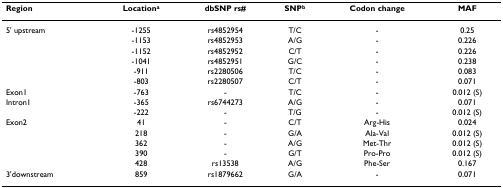
<table><thead><tr><td><b>Region</b></td><td><b>Location<sup>a</sup></b></td><td><b>dbSNP rs#</b></td><td><b>SNP<sup>b</sup></b></td><td><b>Codon change</b></td><td><b>MAF</b></td></tr></thead><tbody><tr><td>5&#x27; upstream</td><td>-1255</td><td>rs4852954</td><td>T/C</td><td>-</td><td>0.25</td></tr><tr><td></td><td>-1153</td><td>rs4852953</td><td>A/G</td><td>-</td><td>0.226</td></tr><tr><td></td><td>-1152</td><td>rs4852952</td><td>C/T</td><td>-</td><td>0.226</td></tr><tr><td></td><td>-1041</td><td>rs4852951</td><td>G/C</td><td>-</td><td>0.238</td></tr><tr><td></td><td>-911</td><td>rs2280506</td><td>T/C</td><td>-</td><td>0.083</td></tr><tr><td></td><td>-803</td><td>rs2280507</td><td>C/T</td><td>-</td><td>0.071</td></tr><tr><td>Exon1</td><td>-763</td><td>-</td><td>T/C</td><td>-</td><td>0.012 (S)</td></tr><tr><td>Intron1</td><td>-365</td><td>rs6744273</td><td>A/G</td><td>-</td><td>0.071</td></tr><tr><td></td><td>-222</td><td>-</td><td>T/G</td><td>-</td><td>0.012 (S)</td></tr><tr><td>Exon2</td><td>41</td><td>-</td><td>C/T</td><td>Arg-His</td><td>0.024</td></tr><tr><td></td><td>218</td><td>-</td><td>G/A</td><td>Ala-Val</td><td>0.012 (S)</td></tr><tr><td></td><td>362</td><td>-</td><td>A/G</td><td>Met-Thr</td><td>0.012 (S)</td></tr><tr><td></td><td>390</td><td>-</td><td>G/T</td><td>Pro-Pro</td><td>0.012 (S)</td></tr><tr><td></td><td>428</td><td>rs13538</td><td>A/G</td><td>Phe-Ser</td><td>0.167</td></tr><tr><td>3&#x27;downstream</td><td>859</td><td>rs1879662</td><td>G/A</td><td>-</td><td>0.071</td></tr></tbody></table>